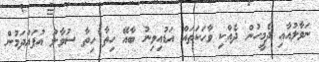
ނަވާލުއާއި ދެމީހުން ދެއްކި ވާހަކަތައް އަޑުއިވިނު ބާއޭ ހިތާ ހިތާ ސުވާލު އުފައްދަމުން